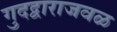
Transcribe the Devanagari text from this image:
गुदद्वाराजवळ